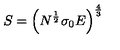
S = \left( N ^ { \frac { 1 } { 2 } } \sigma _ { 0 } E \right) ^ { \frac { 4 } { 3 } }